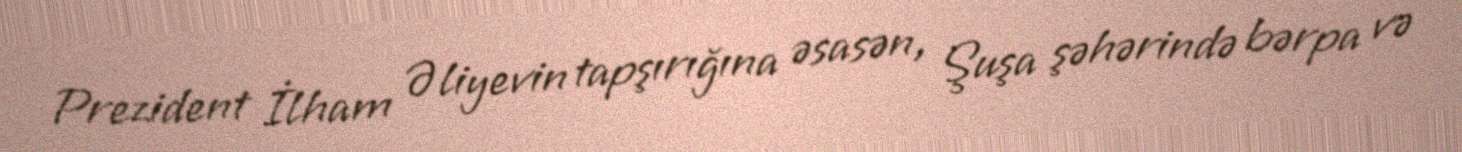
Prezident İlham Əliyevin tapşırığına əsasən, Şuşa şəhərində bərpa və